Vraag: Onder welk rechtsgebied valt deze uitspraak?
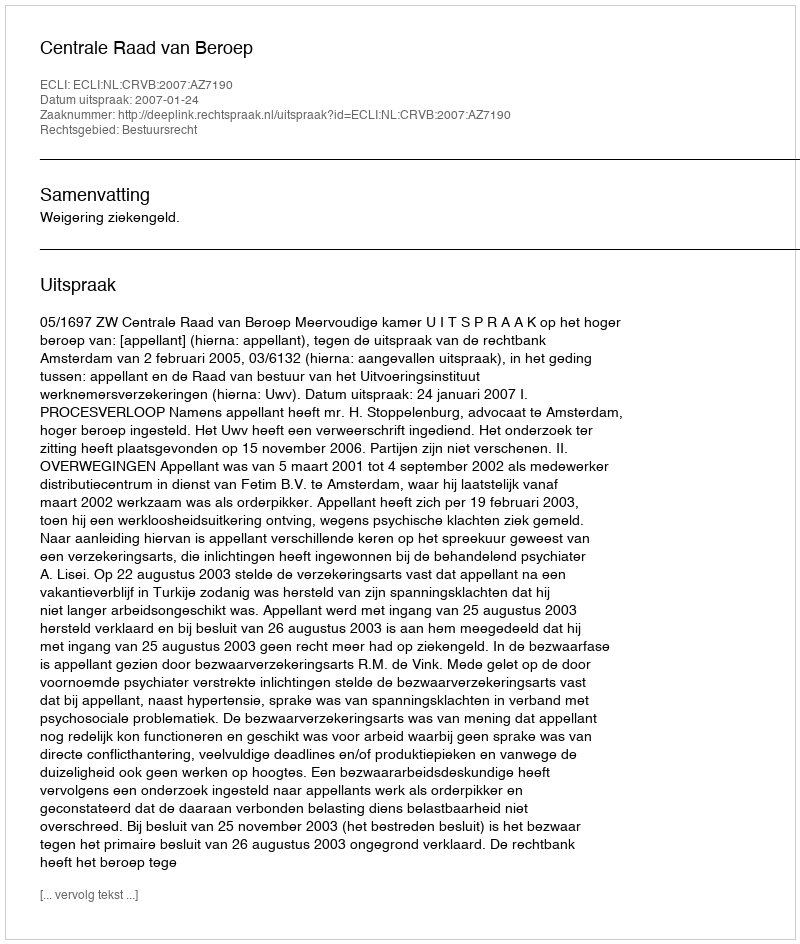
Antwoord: Bestuursrecht